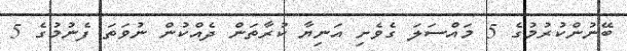
ބޭނުންކުރުމުގެ 5 މައްސަލަ ގެވެށި އަނިޔާ ކުރާތަން ދެއްކުން ނުވަތަ ފެނުމުގެ 5